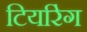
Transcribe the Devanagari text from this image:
टियरिंग